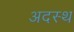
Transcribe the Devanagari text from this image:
अदस्थ